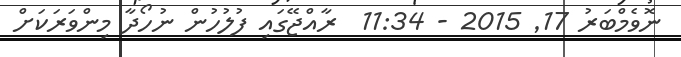
ނޮވެމްބަރު 17